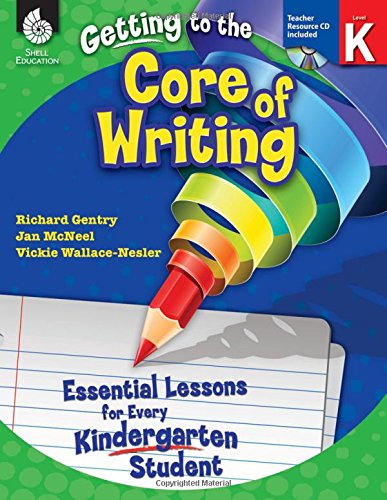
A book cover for Getting to the Core of Writing; Richard McNeel; Reference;